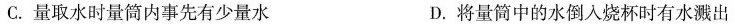
C.量取水时量筒内事先有少量水 D.将量筒中的水倒入烧杯时有水溅出